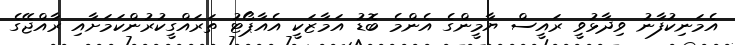
އެމަނިކުފާނު ވިދާޅުވީ ރައީސް ޔާމީންގެ އެންމެ ބޮޑު އަމާޒަކީ އެއާޕޯޓު ތަރައްގީކުރުންކަމަށާއި ރާއްޖޭގެ